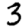
Digit: 3